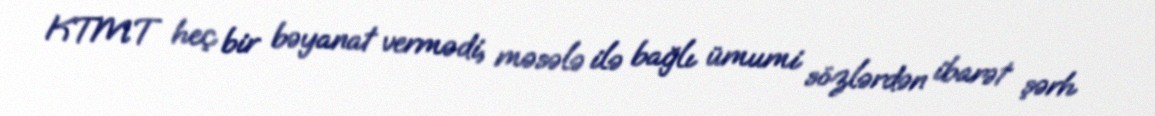
KTMT heç bir bəyanat vermədi, məsələ ilə bağlı ümumi sözlərdən ibarət şərh